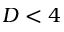
D < 4